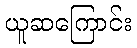
ယူဆကြောင်း